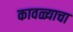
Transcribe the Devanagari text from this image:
कावळ्याचा